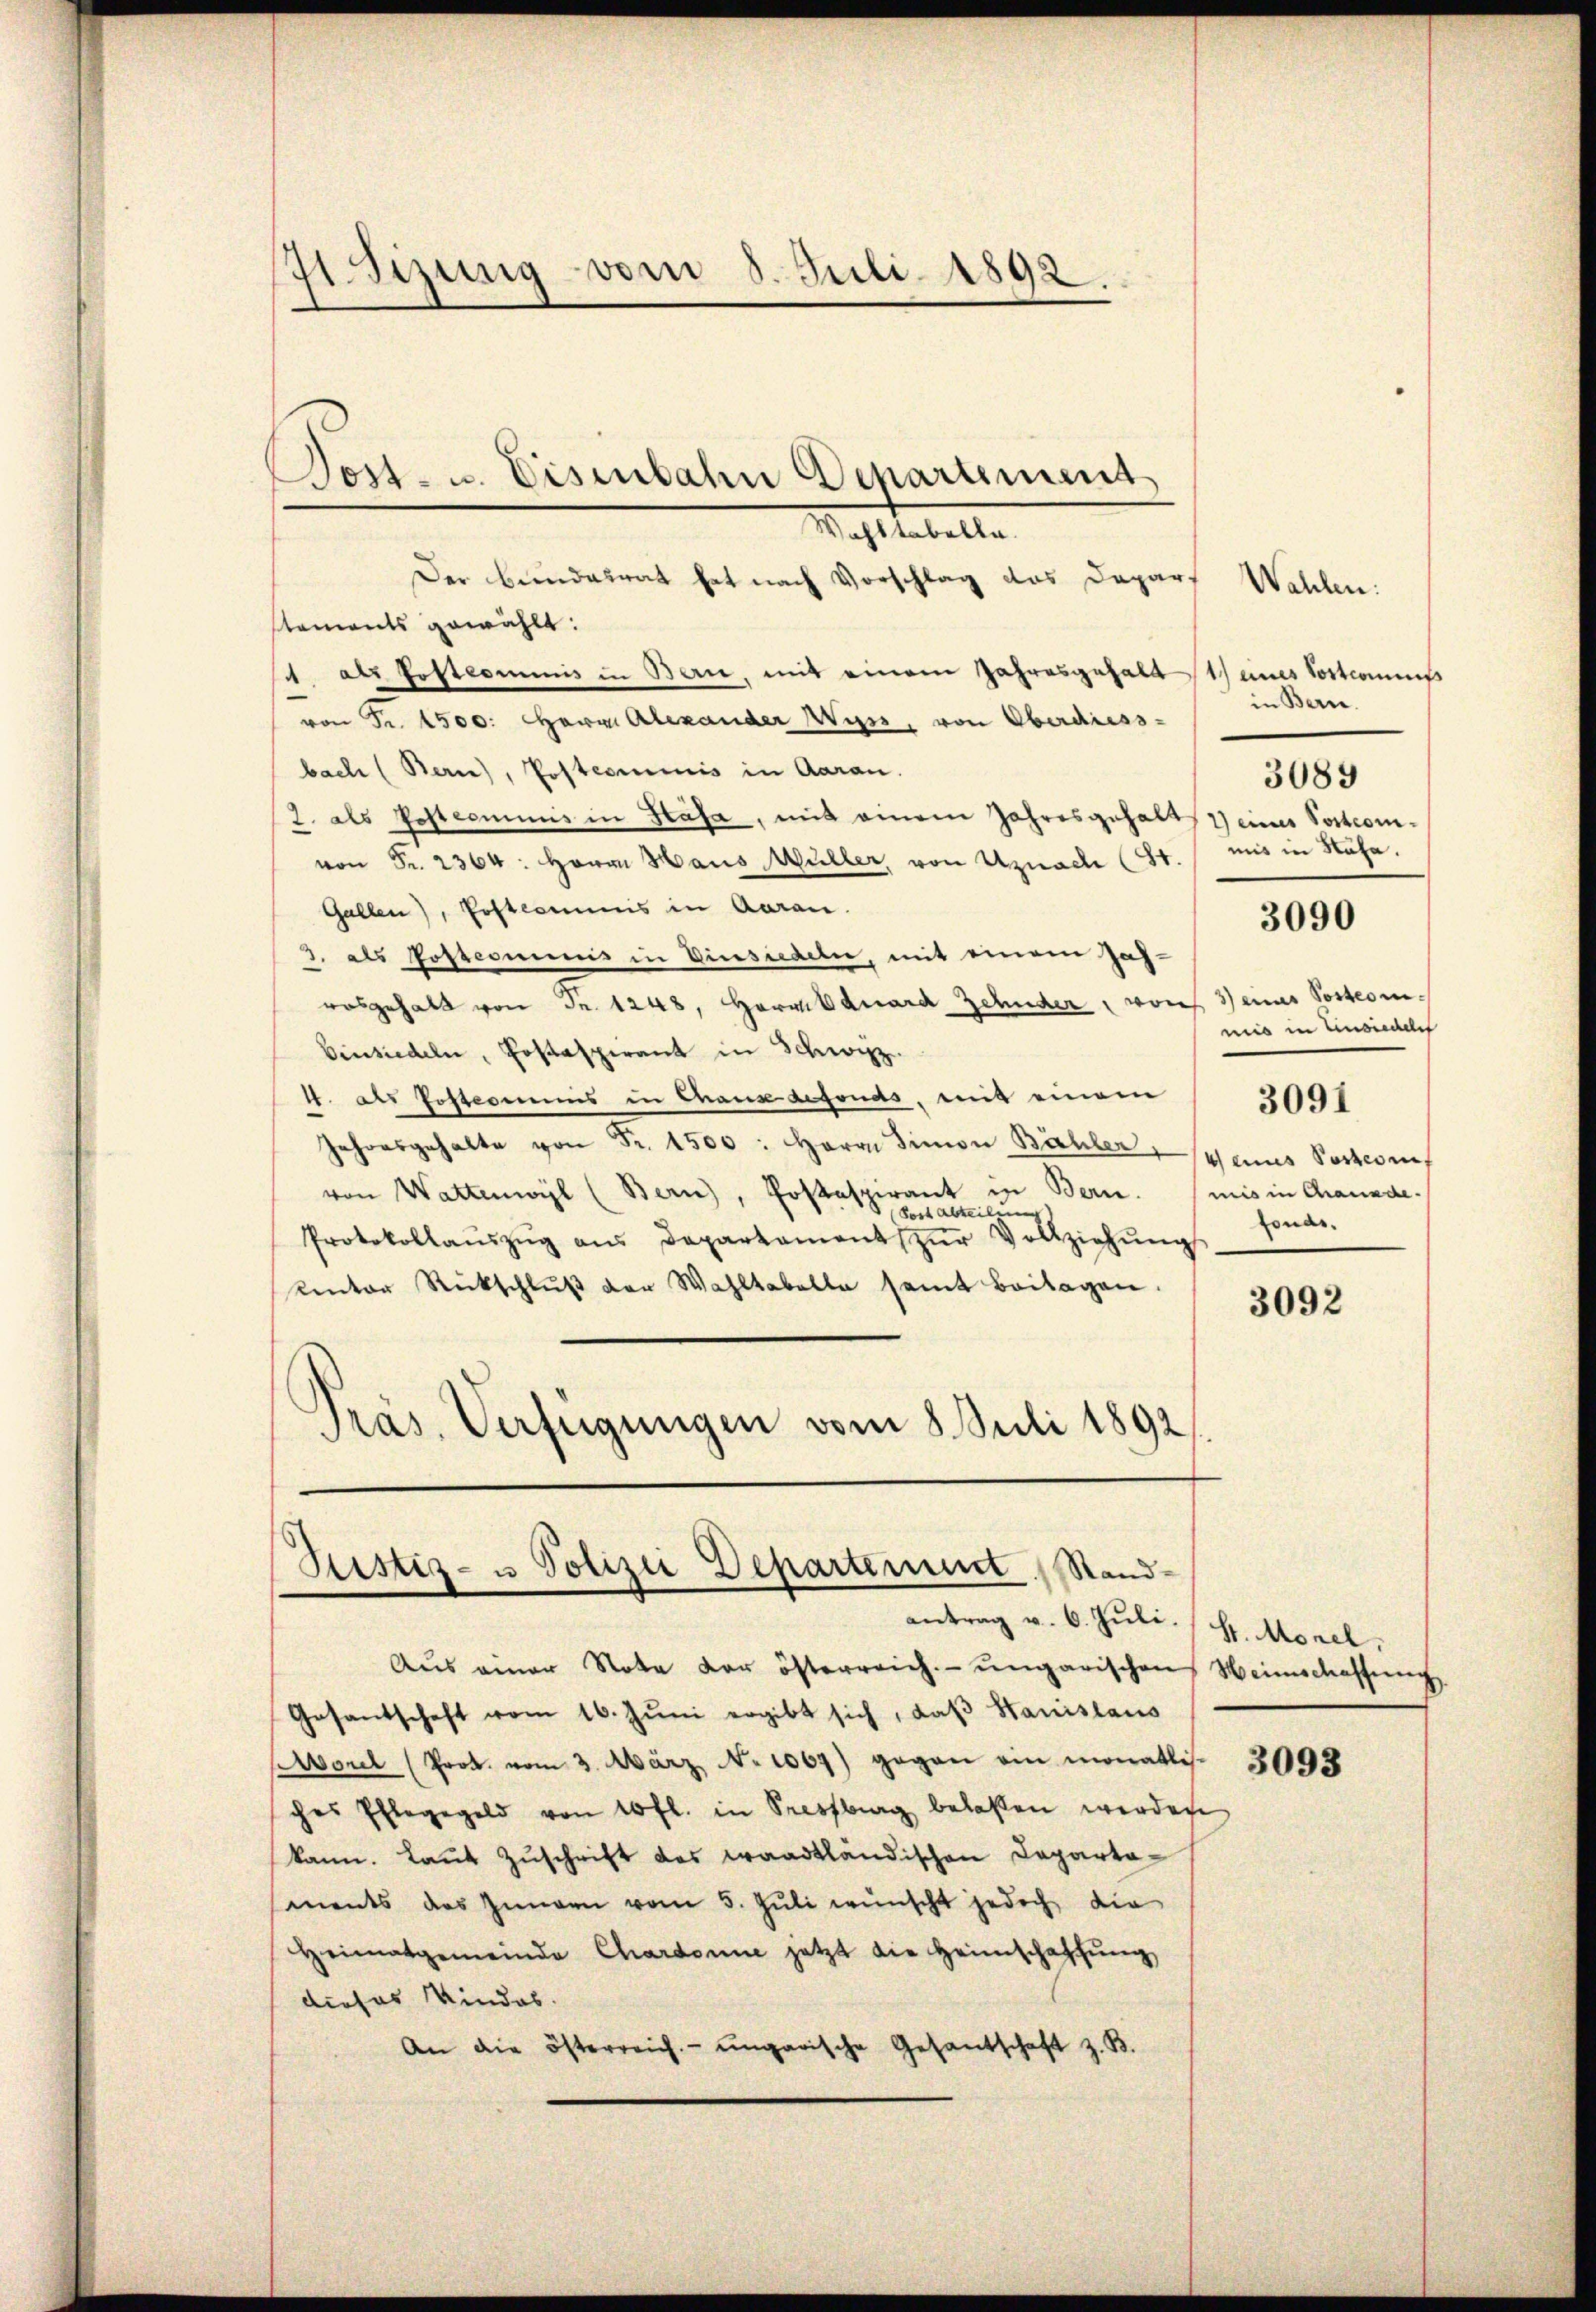
71 Sizung vom 8. Juli 1892.

Mahl tabelle.
Der Bundesrat hat nach Vorschlag das Daparf
staments gewählt:
4. als Postcommis in Bern, mit einem Jahresgehalt 1) eines Tortcommiß
von Fr. 4500. Herr Alexander Wyss, von Oberdiess-
bach (Berne), Postcommis in Aarau.
2. als Postcommis in Stäfa, mit einem Jahresgehalts eines Postcomvon Fr. 2364: Herrn Haus Müller, von Uznach (8t. mit in Naha.
Gallen), Postcommis in Aarau
3. als Postcommis in Viersiedeln, mit einem Jah-
rosgehalt von Fr. 1248, Herrn Eduard Zehnder, von 3) eines Posteri¬
Einsiedeln, Postaspirant in Schwyz.
1. als Postcommis in Thaus defonds, mit einem
Jahresgehalte von Fr. 1500: Herrn Simon Baller eines Postenf
von Wattenwyl (Bern), Postaspirant in Bern. (mis in Chanade.
Fost Abteilung
Protokollaŭszŭg ans Departament zŭr Vollziehŭng
Kentor Rückschlŭβ der Wahltabelle samt beilagen.
¬
Präs. Verfügungen vom 8. Juli 1892

Post- u. Eisenbahn Departement

Ptistiz- u Polizei Departement Stand-
antrag v. 6. Juli.

Aŭs einer Note der österreich ungarischen Weinschaffŭng
Gesantschaft vom 16. Jŭni ergibt sich, daβ Hanislaus
Morel (Prot. vom 3. März, No 1067) gegen ein monatli-
ches Elleggeld von 10 fl. in Pressburg belassen werden
kann. Laut Zuschrift des waadtländischen Departasments des Innern vom 5. Juli wünscht jedoch die
Heimatgemeinde Chardonne jetzt die Heimschaffŭng
dieses Kindes.
An die österreich. ungarische Gesantschaft z. B.

Wahlen:
in Bern.
3089

3090

mis in Einsiecheln

3091

fonds.

3092

H. Morel.

3093